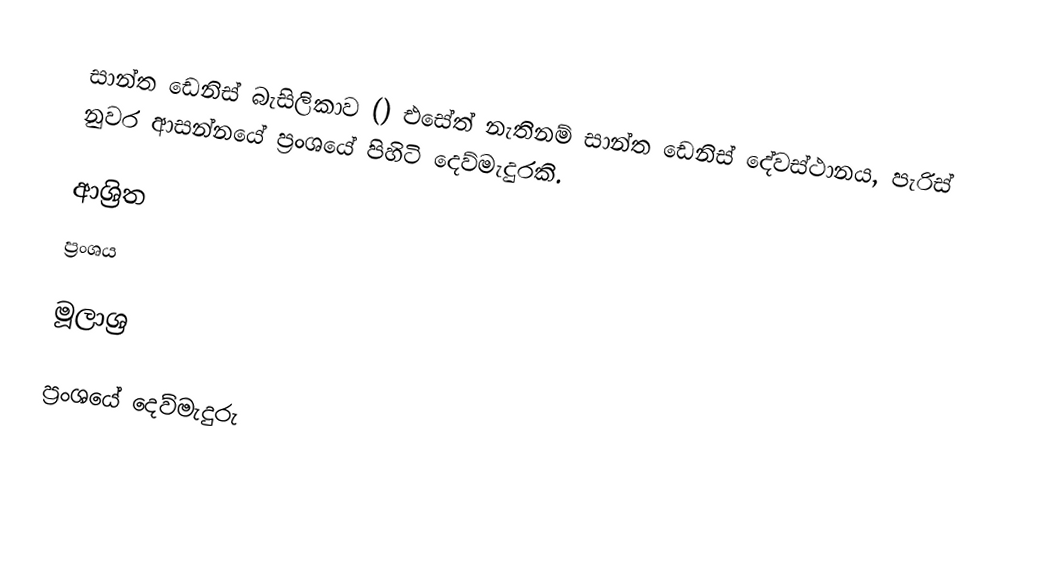
සාන්ත ඩෙනිස් බැසිලිකාව () එසේත් නැතිනම් සාන්ත ඩෙනිස්‌ දේවස්‌ථානය, පැරිස් නුවර ආසන්නයේ ප්‍රංශයේ පිහිටි දෙව්මැදුරකි.

ආශ්‍රිත
 ප්‍රංශය

මූලාශ්‍ර

ප්‍රංශයේ දෙව්මැදුරු